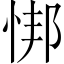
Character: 𫺎